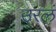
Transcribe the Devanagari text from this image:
उरलं